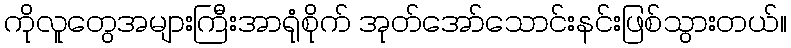
ကိုလူတွေအများကြီးအာရုံစိုက် အုတ်အော်သောင်းနင်းဖြစ်သွားတယ်။